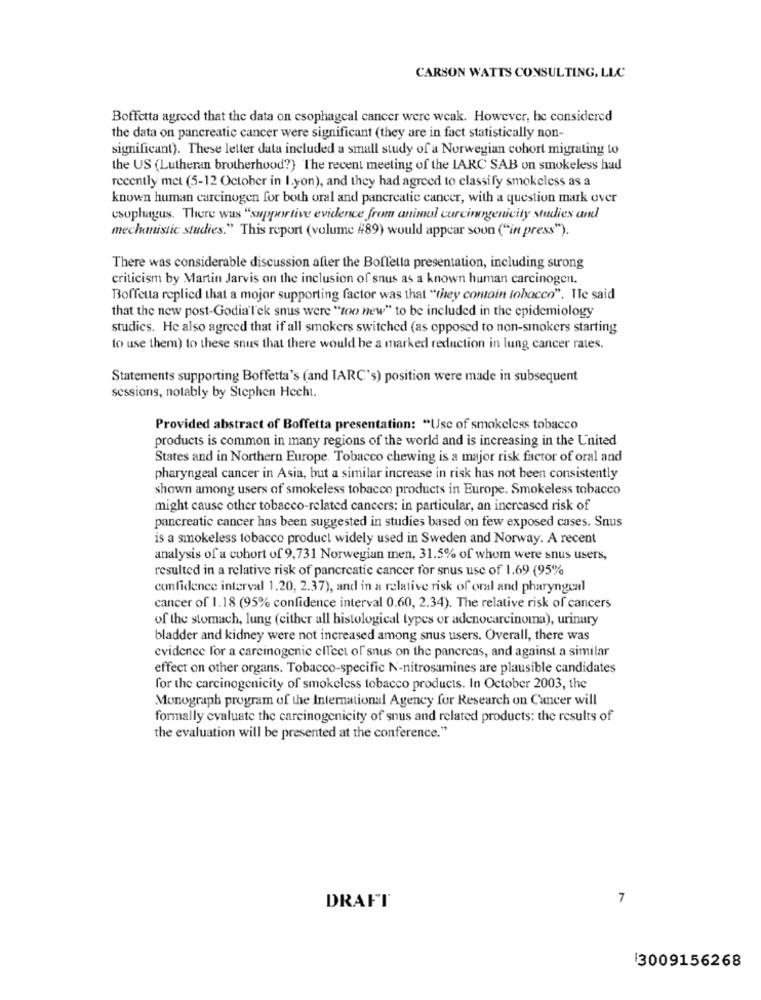
CARSON WATTS CONSULTING, LLC
Boffetta agreed that the data on esophageal cancer were weak. However, he considered
the data on pancreatic cancer were significant (they are in fact statistically non-
significant). These letter data included a small study of a Norwegian cohort migrating to
the US (Lutheran brotherhood?) The recent meeting of the IARC SAB on smokeless had
recently met (5-12 October in I.yon), and they had agreed to classify smokeless as a
known human carcinogen for both oral and pancreatic cancer, with a question mark over
esophagus. There was "supportive evidence from animul curcirungenicity studies and
mechanistic studies." This report (volume #89) would appear soon ("in press").
There was considerable discussion after the Boffetla presentation, including strong
criticism by Martin Jarvis on the inclusion of snus as a known human carcinogen.
Boffetta replied that a mojor supporting factor was that "they contain tobacco". He said
that the new post-Godia'lek snus were "too new" to be included in the epidemiology
studies. He also agreed that if all smokers switched (as opposed to non-smokers starting
to use them) to these snus that there would be a marked reduction in lung cancer rates.
Statements supporting Boffetta's (and IARC's) position were made in subsequent
sessions, notably by Stephen Hecht.
Provided abstract of Boffetta presentation: "Usc of smokeless tobacco
products is common in many regions of the world and is increasing in the United
States and in Northern Europe. Tobacco chewing is a major risk factor of oral and
pharyngeal cancer in Asia, but a similar increase in risk has not been consistently
shown among users of smokeless tobacco products in Europe. Smokeless tobacco
might cause other tobacco-related cancers; in particular, an increased risk of
pancreatic cancer has been suggested in studies based on few exposed cases. Snus
is a smokeless tobacco product widely used in Sweden and Norway. A recent
analysis of a cohort of 9,731 Norwegian men, 31.5% of whom were snus users,
resulted in a relative risk of pancreatic cancer for snus use of 1.69 (95%
confidence interval 1.20, 2.37), and in a relative risk of oral and pharyngeal
cancer of 1.18 (95% confidence interval 0.60, 2.34). The relative risk of cancers
of the stomach, lung (either all histological types or adenocarcinoma), urinary
bladder and kidney were not increased among snus users. Overall, there was
evidence for a carcinogenic effect of snus on the pancreas, and against a similar
effect on other organs. Tobacco-specific N-nitrosamines are plausible candidates
for the carcinogenicity of smokeless tobacco products. In October 2003, the
Monograph program of the International Agency for Research on Cancer will
formally evaluate the carcinogenicity of snus and related products: the results of
the evaluation will be presented at the conference."
7
DRAFT
13009156268